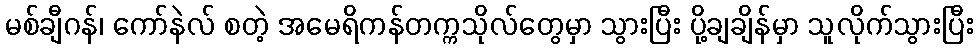
မစ်ချီဂန်၊ ကော်နဲလ် စတဲ့ အမေရိကန်တက္ကသိုလ်တွေမှာ သွားပြီး ပို့ချချိန်မှာ သူလိုက်သွားပြီး